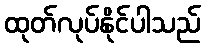
ထုတ်လုပ်နိုင်ပါသည်